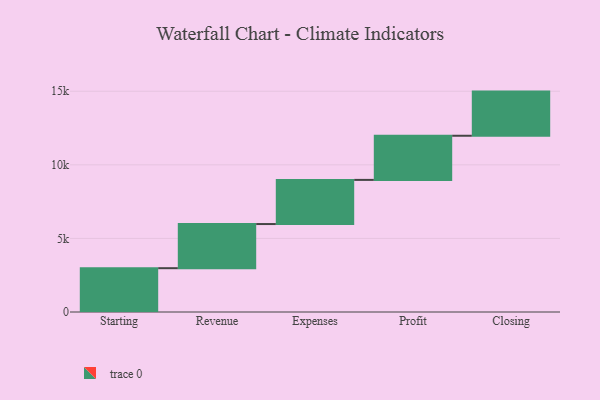
{"axis": {"x": "Step", "y": "Value"}, "legend": [""], "data": [{"x": "Starting", "y": 2977.0, "type": ""}, {"x": "Revenue", "y": 3000, "type": ""}, {"x": "Expenses", "y": 3000, "type": ""}, {"x": "Profit", "y": 3000, "type": ""}, {"x": "Closing", "y": 3000, "type": ""}]}